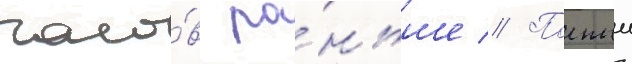
часо́в ра́ньше // Полныи